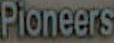
Pioneers